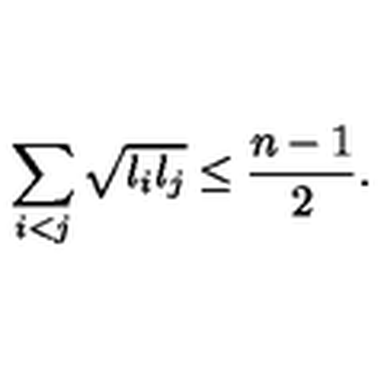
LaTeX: \sum _ { i < j } \sqrt { l _ { i } l _ { j } } \leq \frac { n - 1 } { 2 } .